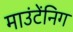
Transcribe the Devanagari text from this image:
माउंटेंनिग